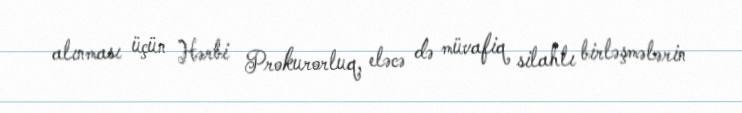
alınması üçün Hərbi Prokurorluq, eləcə də müvafiq silahlı birləşmələrin